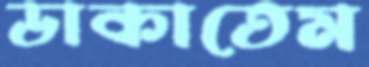
ডাকাতেম